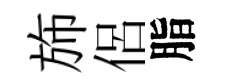
斾侶脂